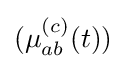
(\mu _{ab}^{(c)}(t))